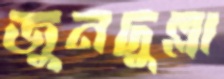
জুনদুল্লা